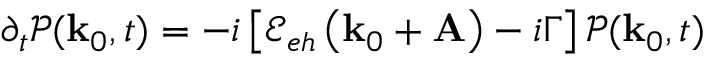
\partial _ { t } \mathcal { P } ( \mathbf { k } _ { 0 } , t ) = - i \left[ \mathcal { E } _ { e h } \left( \mathbf { k } _ { 0 } + \mathbf { A } \right) - i \Gamma \right] \mathcal { P } ( \mathbf { k } _ { 0 } , t )